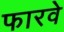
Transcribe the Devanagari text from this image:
फारवे